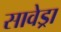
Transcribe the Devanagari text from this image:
सावेड्रा